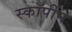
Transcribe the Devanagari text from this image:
स्कॉर्पीन